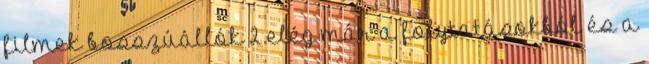
filmek bosszúállók 2 elég már a folytatásokból és a